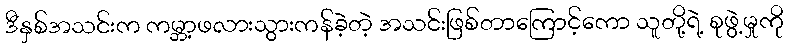
ဒီနှစ်အသင်းက ကမ္ဘာ့ဖလားသွားကန်ခဲ့တဲ့ အသင်းဖြစ်တာကြောင့်ကော သူတို့ရဲ့ စုဖွဲ့မှုကို